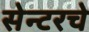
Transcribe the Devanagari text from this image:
सेन्टरचे